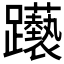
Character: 𲄕